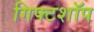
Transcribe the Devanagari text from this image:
गिफ्टशॉप